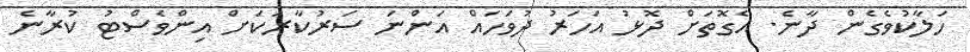
ހަލާކުވެގެން ދާނެ. އެގޮތަށް ދޮޅު އަހަރު ދުވަހައް އަންނަ ސަރުކާރަކަށް އިންވެސްޓު ކުރާނެ